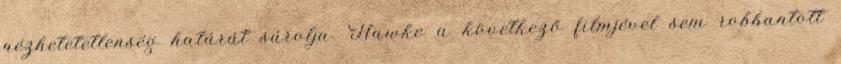
nézhetetetlenség határát súrolja. Hawke a következő filmjével sem robbantott